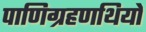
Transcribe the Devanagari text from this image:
पाणिग्रहणथियों